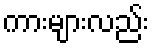
ကားများလည်း